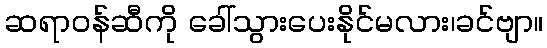
ဆရာဝန်ဆီကို ခေါ်သွားပေးနိုင်မလား၊ခင်ဗျာ။